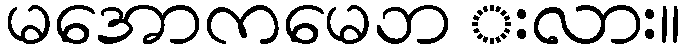
မအောကမေဘ းလား။